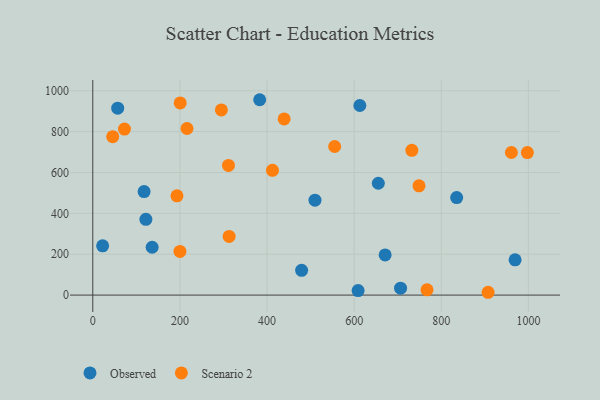
{"axis": {"x": "Experience", "y": "Profit"}, "legend": ["Observed", "Scenario 2"], "data": [{"x": "609.1", "y": 22.2, "type": "Observed"}, {"x": "479.4", "y": 121.1, "type": "Observed"}, {"x": "121.9", "y": 370.9, "type": "Observed"}, {"x": "613.1", "y": 927.8, "type": "Observed"}, {"x": "57.2", "y": 914.6, "type": "Observed"}, {"x": "671.2", "y": 196.4, "type": "Observed"}, {"x": "706.6", "y": 34.0, "type": "Observed"}, {"x": "22.6", "y": 241.0, "type": "Observed"}, {"x": "835.4", "y": 477.2, "type": "Observed"}, {"x": "969.5", "y": 172.5, "type": "Observed"}, {"x": "136.3", "y": 234.2, "type": "Observed"}, {"x": "383.2", "y": 956.1, "type": "Observed"}, {"x": "655.5", "y": 547.3, "type": "Observed"}, {"x": "117.8", "y": 506.6, "type": "Observed"}, {"x": "510.1", "y": 464.6, "type": "Observed"}, {"x": "200.7", "y": 940.4, "type": "Scenario 2"}, {"x": "555.3", "y": 727.3, "type": "Scenario 2"}, {"x": "313.0", "y": 287.3, "type": "Scenario 2"}, {"x": "732.5", "y": 708.4, "type": "Scenario 2"}, {"x": "748.9", "y": 534.7, "type": "Scenario 2"}, {"x": "45.7", "y": 775.5, "type": "Scenario 2"}, {"x": "907.5", "y": 13.8, "type": "Scenario 2"}, {"x": "311.5", "y": 634.7, "type": "Scenario 2"}, {"x": "295.2", "y": 906.2, "type": "Scenario 2"}, {"x": "216.3", "y": 815.3, "type": "Scenario 2"}, {"x": "961.0", "y": 697.8, "type": "Scenario 2"}, {"x": "997.7", "y": 697.7, "type": "Scenario 2"}, {"x": "439.3", "y": 862.2, "type": "Scenario 2"}, {"x": "767.3", "y": 25.6, "type": "Scenario 2"}, {"x": "72.7", "y": 812.4, "type": "Scenario 2"}, {"x": "200.1", "y": 213.6, "type": "Scenario 2"}, {"x": "412.5", "y": 610.5, "type": "Scenario 2"}, {"x": "193.3", "y": 485.6, "type": "Scenario 2"}]}